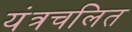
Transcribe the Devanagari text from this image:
यंत्रचलित